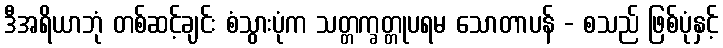
ဒီအရိယာဘုံ တစ်ဆင့်ချင်း စံသွားပုံက သတ္တက္ခတ္တုပရမ သောတာပန် - စသည် ဖြစ်ပုံနှင့်